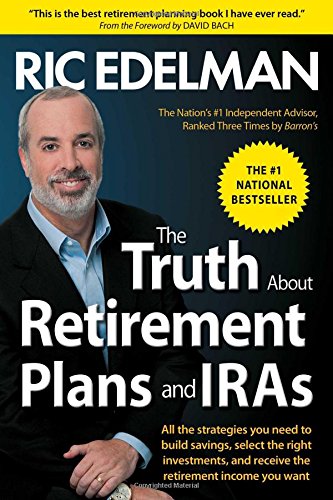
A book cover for The Truth About Retirement Plans and IRAs; Ric Edelman; Business & Money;